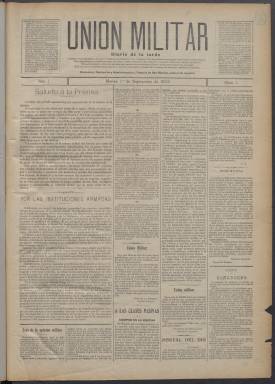
Título: Unión militar (Madrid. 1903)
Colección: Fuerzas armadas
Ámbito geográfico: Madrid
Lugar de publicación: Madrid
Fechas: 01/09/1903-24/03/1905